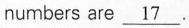
numbers are \underline{17} .